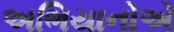
અભિયાનોએ